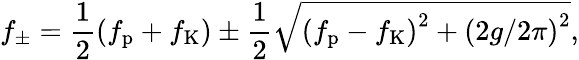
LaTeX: f_{\pm}=\frac{1}{2}\left(f_{\mathrm{p}}+f_{\mathrm{K}}\right)\pm\frac{1}{2}\sqrt{\left(f_{\mathrm{p}}-f_{\mathrm{K}}\right)^{2}+\left(2g/2\pi\right)^{2}},